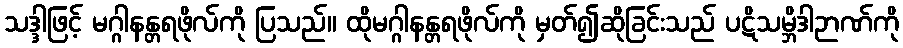
သဒ္ဒါဖြင့် မဂ္ဂါနန္တရဖိုလ်ကို ပြသည်။ ထိုမဂ္ဂါနန္တရဖိုလ်ကို မှတ်၍ဆိုခြင်းသည် ပဋိသမ္ဘိဒါဉာဏ်ကို